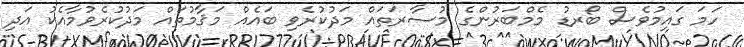
ހަމަ ގައިމުވެސް ބޯރޑު މެމްބަރުންގެ މުސާރަތައް މަދުކުރެވި ބައެއް މަޤާމުތައް މަދުކުރެވުމާއެކު އަދި